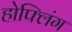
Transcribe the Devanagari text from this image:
होफ्लिंग